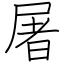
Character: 屠